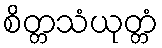
စိတ္တသံယုတ္တံ